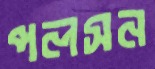
পলসন